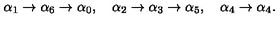
\alpha _ { 1 } \rightarrow \alpha _ { 6 } \rightarrow \alpha _ { 0 } , \quad \alpha _ { 2 } \rightarrow \alpha _ { 3 } \rightarrow \alpha _ { 5 } , \quad \alpha _ { 4 } \rightarrow \alpha _ { 4 } .